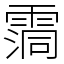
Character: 霘